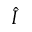
\hat { I }